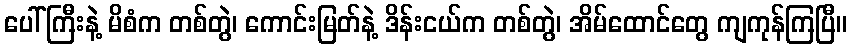
ပေါ်ကြီးနဲ့ မိစံက တစ်တွဲ၊ ကောင်းမြတ်နဲ့ ဒိန်းငယ်က တစ်တွဲ၊ အိမ်ထောင်တွေ ကျကုန်ကြပြီ။